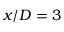
x / D = 3